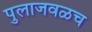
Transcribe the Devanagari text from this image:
पुलाजवळच